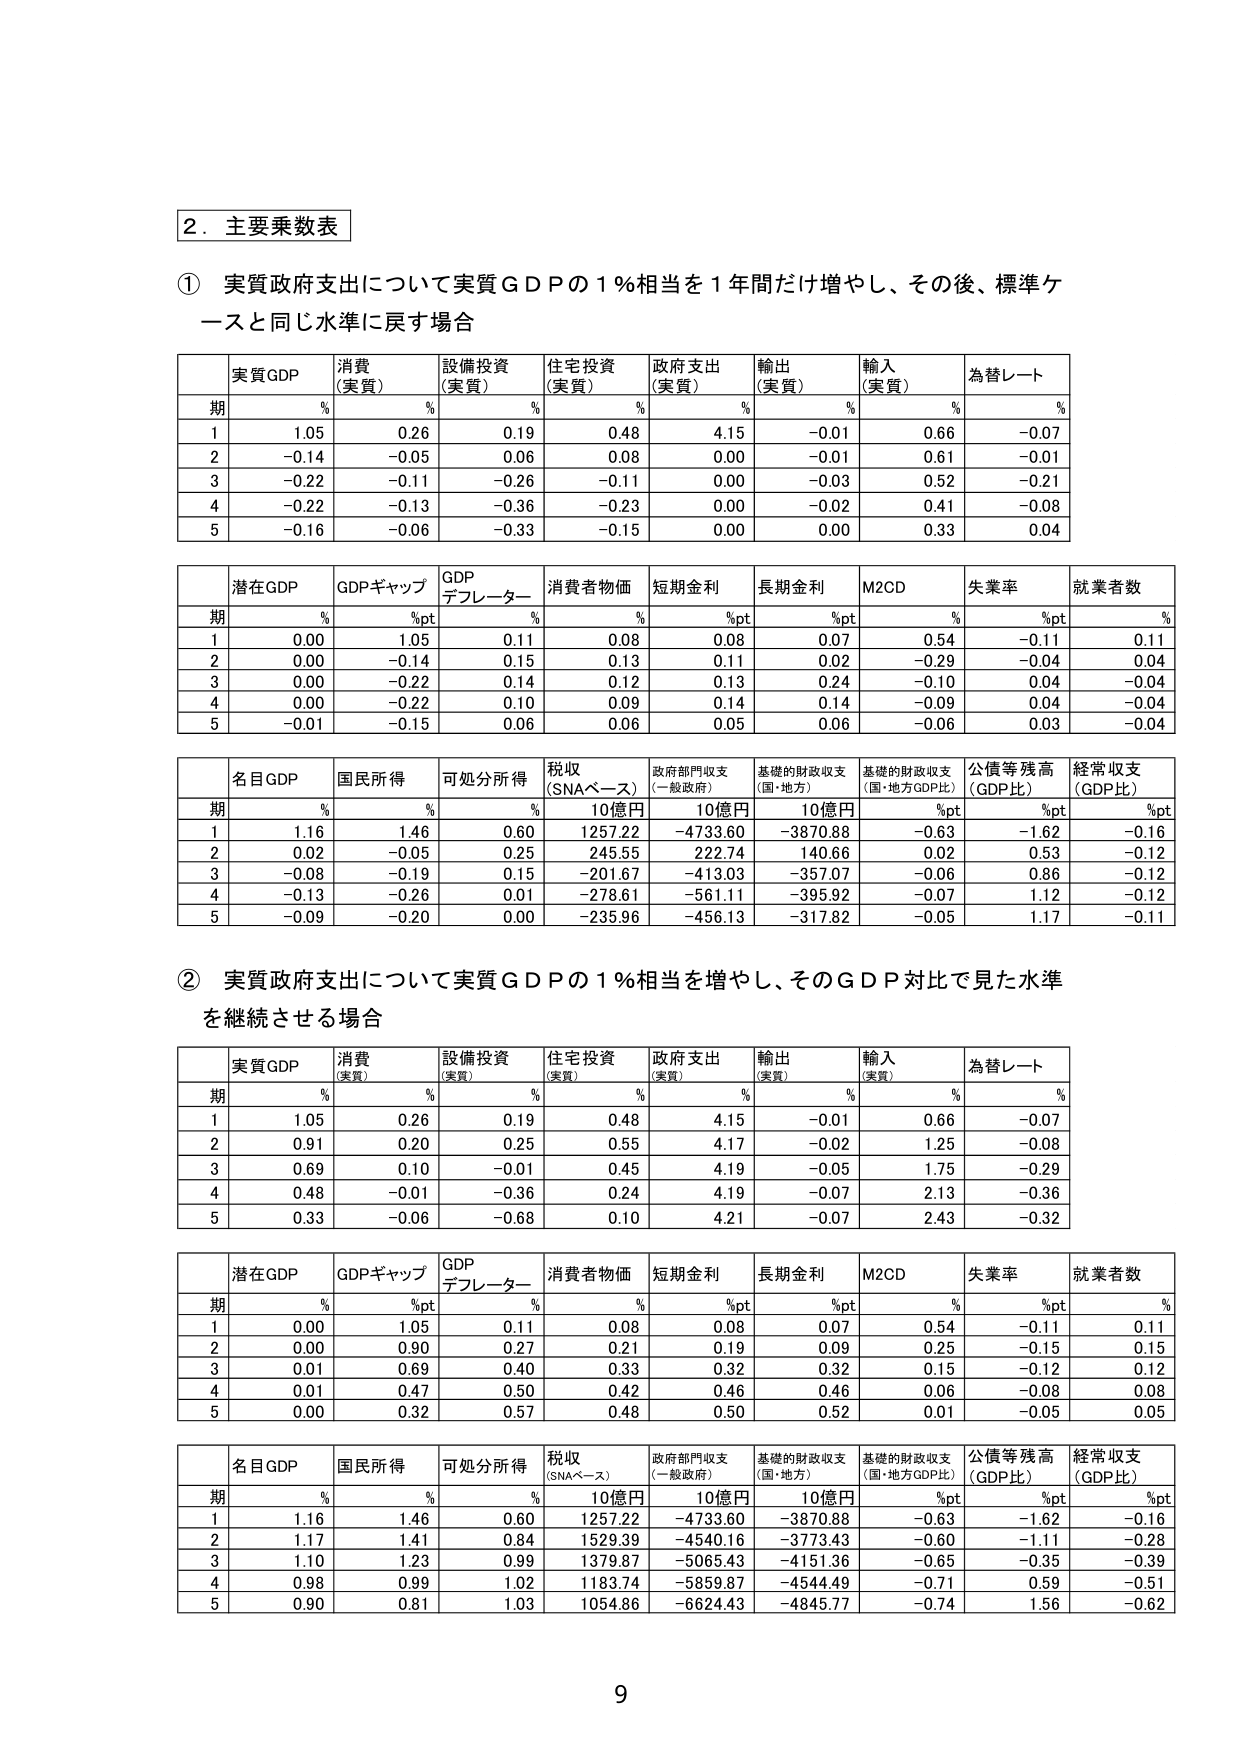
2. 主要乗数表

① 実質政府支出について実質ＧＤＰの１％相当を１年間だけ増やし、その後、標準ケースと同じ水準に戻す場合

実質GDP 消費（実質） 設備投資（実質） 住宅投資（実質） 政府支出（実質） 輸出（実質） 輸入（実質） 為替レート
期 % % % % % % % %
1 1.05 0.26 0.19 0.48 4.15 -0.01 0.66 -0.07
2 -0.14 -0.05 0.06 0.08 0.00 -0.01 0.61 -0.01
3 -0.22 -0.11 -0.26 -0.11 0.00 -0.03 0.52 -0.21
4 -0.22 -0.13 -0.36 -0.23 0.00 -0.02 0.41 -0.08
5 -0.16 -0.06 -0.33 -0.15 0.00 0.00 0.33 0.04

潜在GDP GDPギャップ GDPデフレーター 消費者物価 短期金利 長期金利 M2CD 失業率 就業者数
期 % %pt % % %pt %pt % %pt %
1 0.00 1.05 0.11 0.08 0.08 0.07 0.54 -0.11 0.11
2 0.00 -0.14 0.15 0.13 0.11 0.02 -0.29 -0.04 0.04
3 0.00 -0.22 0.14 0.12 0.13 0.24 -0.10 0.04 -0.04
4 0.00 -0.22 0.10 0.09 0.14 0.14 -0.09 0.04 -0.04
5 -0.01 -0.15 0.06 0.06 0.05 0.06 -0.06 0.03 -0.04

名目GDP 国民所得 可処分所得 税収（SNAベース） 政府部門収支（一般政府） 基礎的財政収支（国・地方） 基礎的財政収支（国・地方GDP比） 公債等残高（GDP比） 経常収支（GDP比）
期 % % % 10億円 10億円 10億円 %pt %pt %pt
1 1.16 1.46 0.60 1257.22 -4733.60 -3870.88 -0.63 -1.62 -0.16
2 0.02 -0.05 0.25 245.55 222.74 140.66 0.02 0.53 -0.12
3 -0.08 -0.19 0.15 -201.67 -413.03 -357.07 -0.06 0.86 -0.12
4 -0.13 -0.26 0.01 -278.61 -561.11 -395.92 -0.07 1.12 -0.12
5 -0.09 -0.20 0.00 -235.96 -456.13 -317.82 -0.05 1.17 -0.11

② 実質政府支出について実質ＧＤＰの１％相当を増やし、そのＧＤＰ対比で見た水準を継続させる場合

実質GDP 消費（実質） 設備投資（実質） 住宅投資（実質） 政府支出（実質） 輸出（実質） 輸入（実質） 為替レート
期 % % % % % % % %
1 1.05 0.26 0.19 0.48 4.15 -0.01 0.66 -0.07
2 0.91 0.20 0.25 0.55 4.17 -0.02 1.25 -0.08
3 0.69 0.10 -0.01 0.45 4.19 -0.05 1.75 -0.29
4 0.48 -0.01 -0.36 0.24 4.19 -0.07 2.13 -0.36
5 0.33 -0.06 -0.68 0.10 4.21 -0.07 2.43 -0.32

潜在GDP GDPギャップ GDPデフレーター 消費者物価 短期金利 長期金利 M2CD 失業率 就業者数
期 % %pt % % %pt %pt % %pt %
1 0.00 1.05 0.11 0.08 0.08 0.07 0.54 -0.11 0.11
2 0.00 0.90 0.27 0.21 0.19 0.09 0.25 -0.15 0.15
3 0.01 0.69 0.40 0.33 0.32 0.32 0.15 -0.12 0.12
4 0.01 0.47 0.50 0.42 0.46 0.46 0.06 -0.08 0.08
5 0.00 0.32 0.57 0.48 0.50 0.52 0.01 -0.05 0.05

名目GDP 国民所得 可処分所得 税収（SNAベース） 政府部門収支（一般政府） 基礎的財政収支（国・地方） 基礎的財政収支（国・地方GDP比） 公債等残高（GDP比） 経常収支（GDP比）
期 % % % 10億円 10億円 10億円 %pt %pt %pt
1 1.16 1.46 0.60 1257.22 -4733.60 -3870.88 -0.63 -1.62 -0.16
2 1.17 1.41 0.84 1529.39 -4540.16 -3773.43 -0.60 -1.11 -0.28
3 1.10 1.23 0.99 1379.87 -5065.43 -4151.36 -0.65 -0.35 -0.39
4 0.98 0.99 1.02 1183.74 -5859.87 -4544.49 -0.71 0.59 -0.51
5 0.90 0.81 1.03 1054.86 -6624.43 -4845.77 -0.74 1.56 -0.62

9